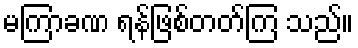
မကြာခဏ ရန်ဖြစ်တတ်ကြ သည်။